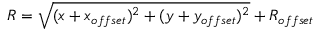
R = \sqrt { ( x + x _ { o f f s e t } ) ^ { 2 } + ( y + y _ { o f f s e t } ) ^ { 2 } } + R _ { o f f s e t }